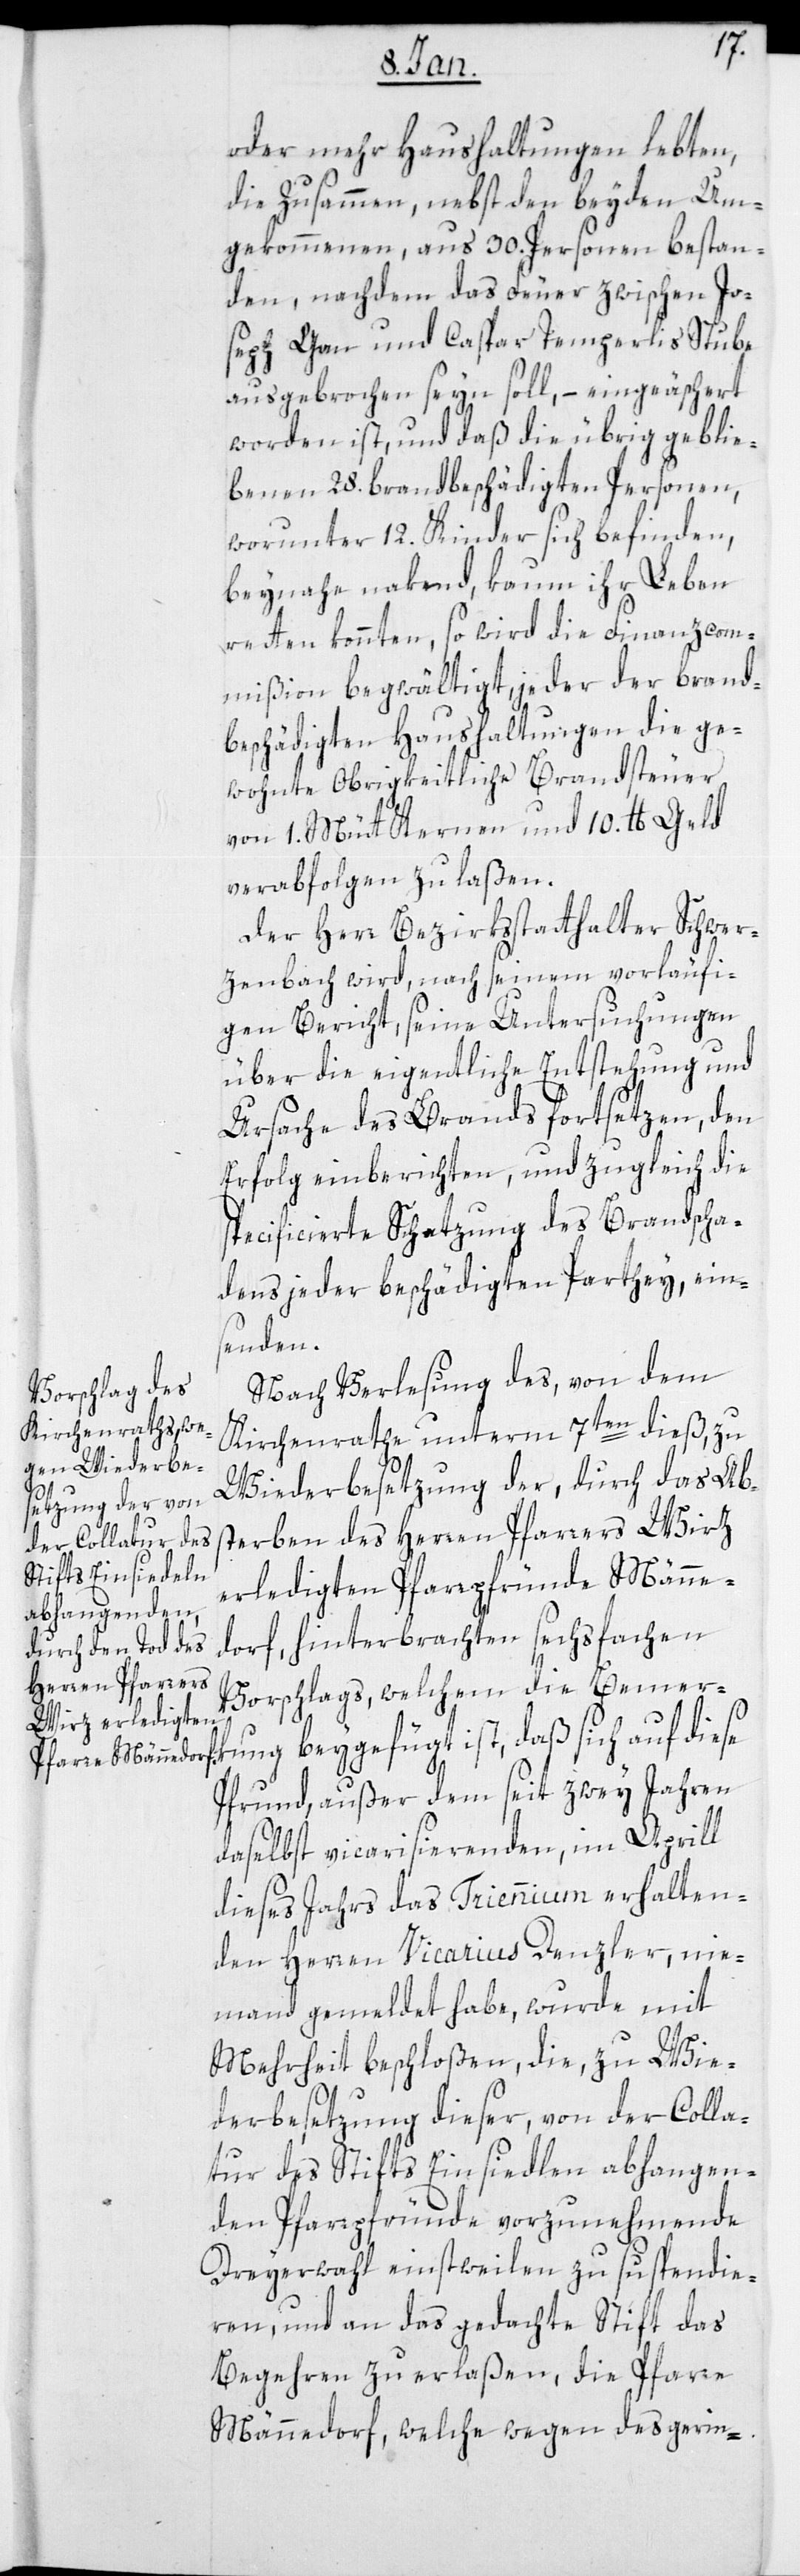
oder mehr Haushaltungen lebten,
die zusammen, nebst den beiden Um¬
gekommenen, aus 30. Personen bestan¬
den, nachdem das Feuer zwischen Jo¬
seph Gan und Caspar Temperlis Stube
ausgebrochen sein soll, – eingeäschert
worden ist, und daß die übrig geblie¬
benen 28. brandbeschädigten Personen,
worunter 12. Kinder sich befinden,
beinahe nackend, kaum ihr Leben
retten konnten, so wird die Finanzcom¬
mißion begwältigt, jeder der brand¬
beschädigten Haushaltungen die ge¬
wohnte Obrigkeitliche Brandsteuer
von 1. Mütt Kernen und 10 lb. Geld
verabfolgen zu lassen.
Der Herr Bezirksstatthalter Schwer¬
zenbach wird, nach seinem vorläufi¬
gen Bericht, seine Untersuchungen
über die eigentliche Entstehung und
Ursache des Brands fortsetzen, den
Erfolg einberichten, und zugleich die
specificierte Schatzung des Brandscha¬
dens jeder beschädigten Partey, eins¬
enden.
Nach Verlesung des, von dem
Kirchenrathe unterm 7ten dieß, zu
Wiederbesetzung der, durch das Ab¬
kung
sterben des Herren Pfarrers Wirz
erledigten Pfarrpfründe Männe¬
dorf, hinterbrachten sechsfachen
Vorschlags, welchem die Bemer¬
Pfrund, ausser dem seit zwey Jahren
daselbst vicarisierenden, im Aprill
dieses Jahres des Triennium erhalten¬
den Herren Vicarius Denzler, nie¬
mand gemeldet habe, wurde mit
Mehrheit beschloßen, die, zu Wie¬
derbesetzung dieser, von der Colla¬
tur des Stifts Einsiedeln abhangen¬
den Pfarrpfründe vorzunehmende
Dreyerwahl einstweilen zu suspendie¬
ren, und an das gedachte Stift das
Begehren zu erlaßen, die Pfarre
Männedorf, welche wegen des gerin-